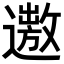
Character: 𨗯